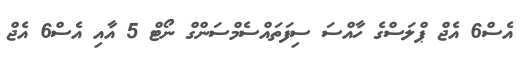
އެސް6 އެޖް ޕްލަސްގެ ހާއްސަ ސިފަތައްސެމްސަންގް ނޯޓް 5 އާއި އެސް6 އެޖް